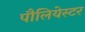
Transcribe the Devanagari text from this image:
पौलियेस्टर